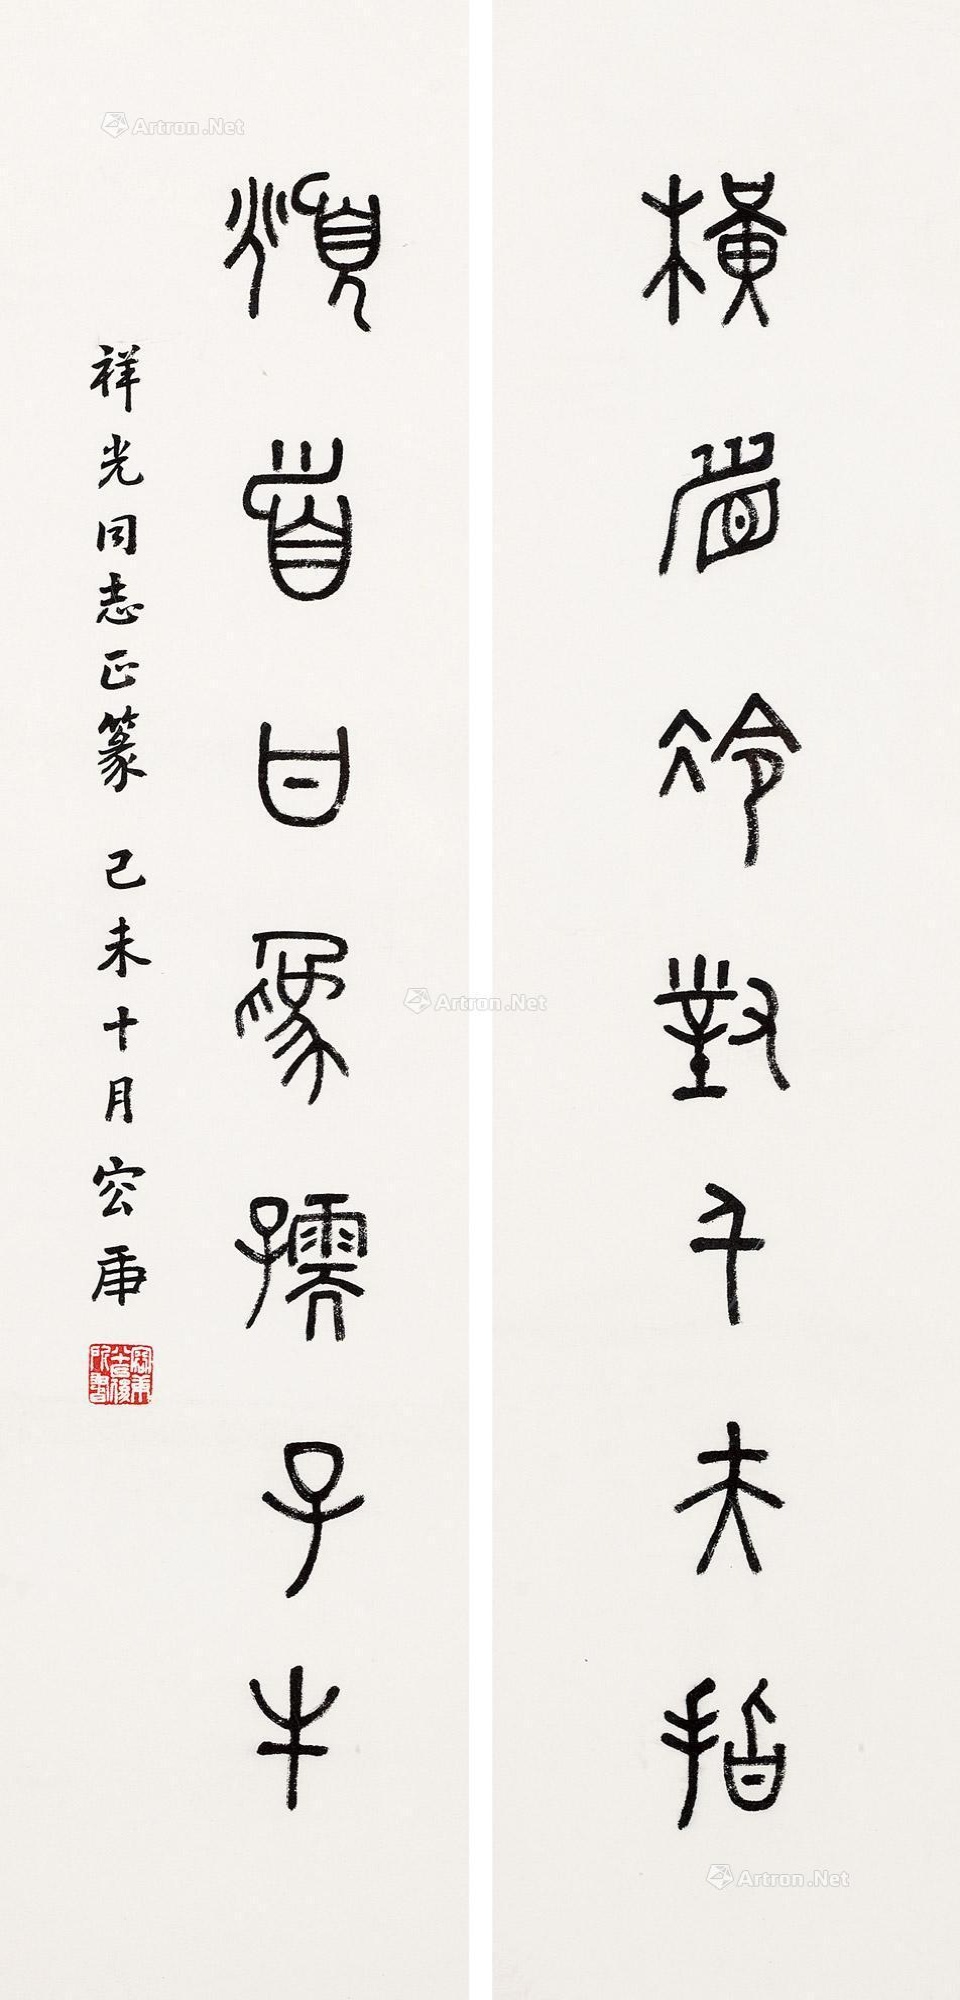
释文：横眉冷对千夫指，俯首甘为孺子牛。祥光同志正篆，己未十月容庚。